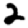
Digit: 2